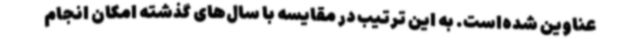
عناوین شده‌است. به این ترتیب در مقایسه با سال‌های گذشته امکان انجام